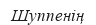
Шуппенің